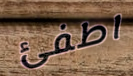
اطفئ